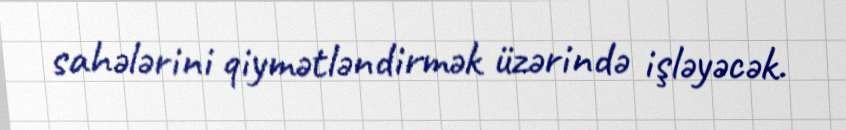
sahələrini qiymətləndirmək üzərində işləyəcək.